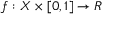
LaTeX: f : X \times \lbrack 0 , 1 ] \rightarrow R